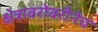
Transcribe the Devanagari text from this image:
क्षेत्राबरोबरीनेच